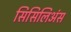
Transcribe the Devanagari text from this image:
सिसिलिअंस